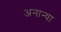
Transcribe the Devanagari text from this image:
अनान्या